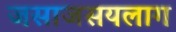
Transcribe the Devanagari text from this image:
जसाजसयलाग